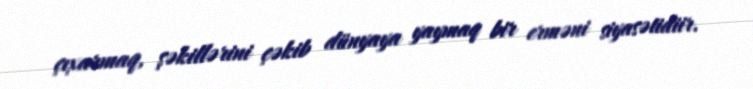
çıxarmaq, şəkillərini çəkib dünyaya yaymaq bir erməni siyasətidiir.